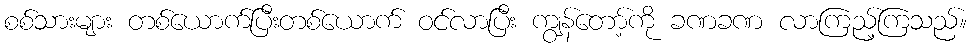
စစ်သားများ တစ်ယောက်ပြီးတစ်ယောက် ဝင်လာပြီး ကျွန်တော့်ကို ခဏခဏ လာကြည့်ကြသည်။